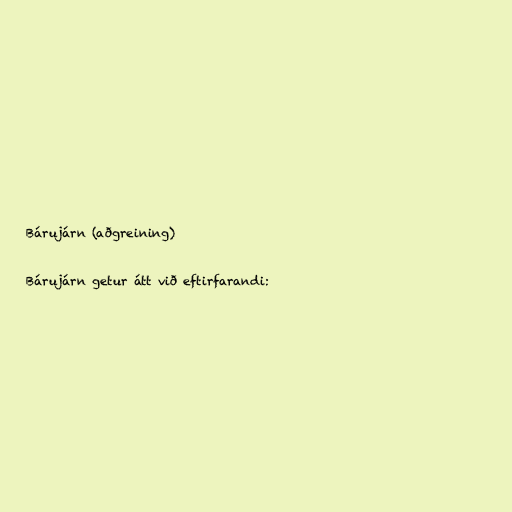
Bárujárn (aðgreining)

Bárujárn getur átt við eftirfarandi: